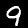
Digit: 9